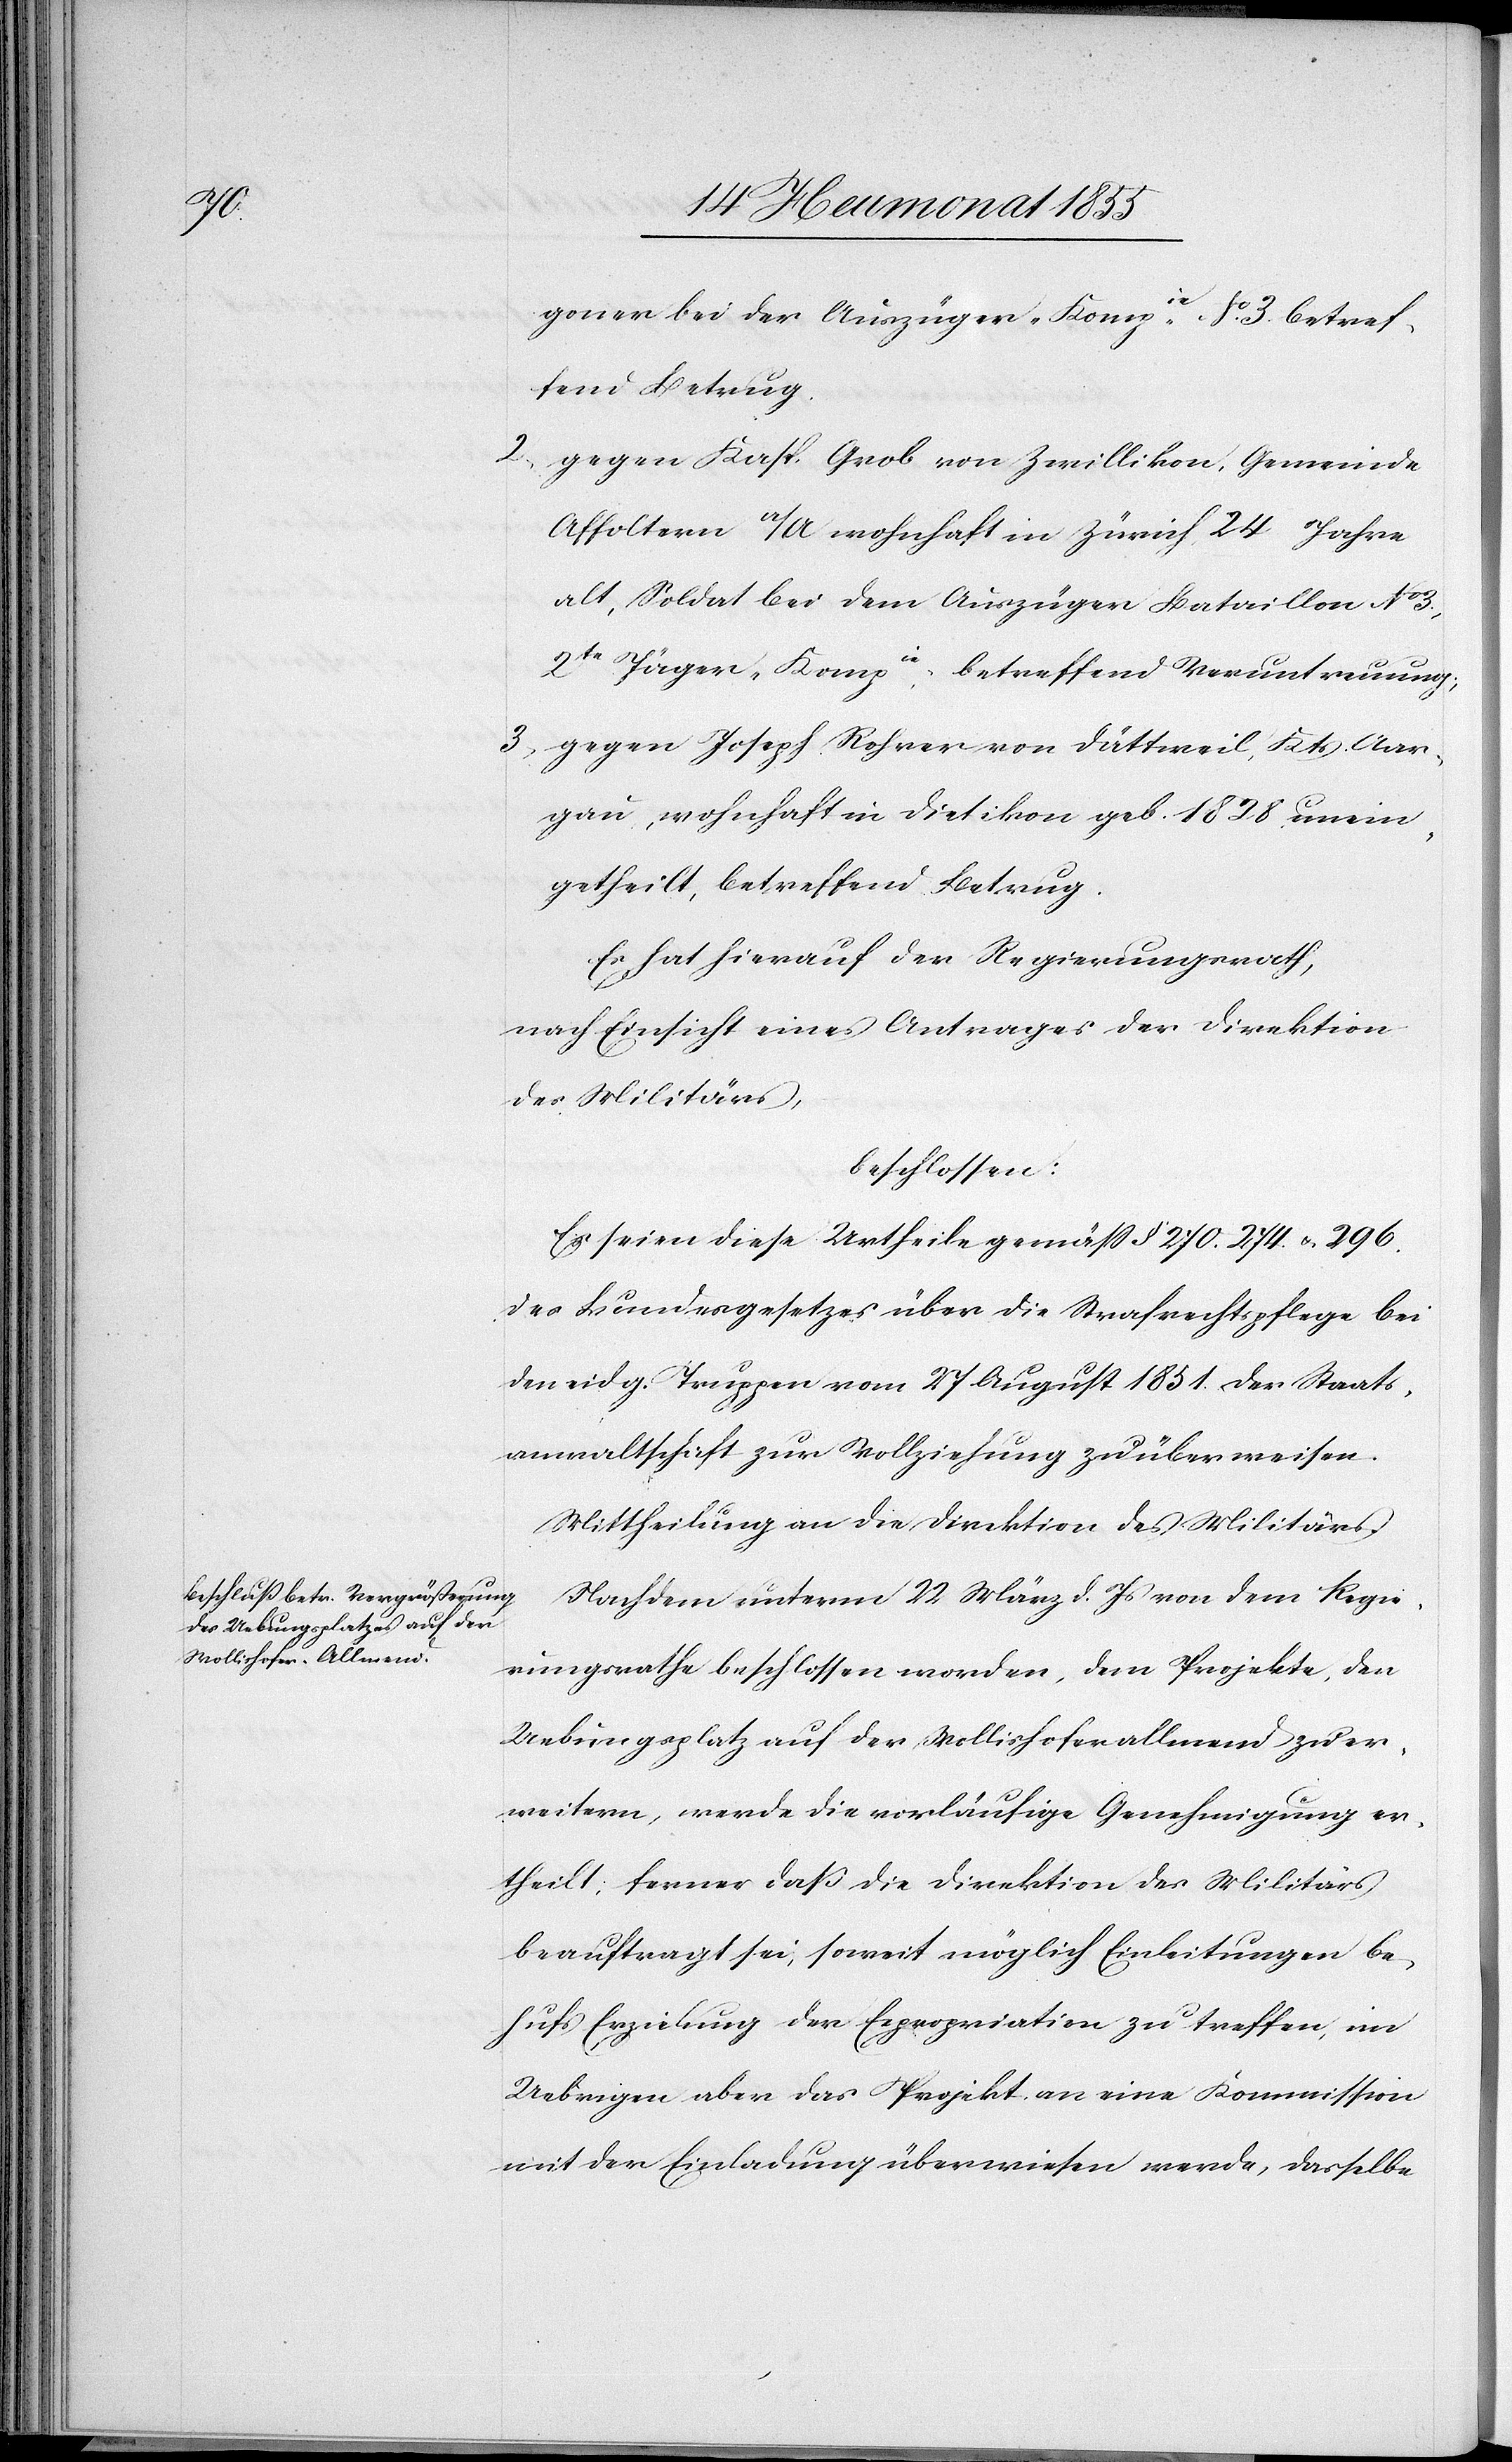
goner bei der Auszüger-Kompie. No. 3. betref¬
fend Betrug.
gegen Kasp. Grob von Zwillikon, Gemeinde
Affoltern a/A wohnhaft in Zürich, 24 Jahre
alt, Soldat bei dem Auszüger Bataillon No 3.,
2te Jäger-Kompie, betreffend Veruntreuung;
gegen Joseph Rohrer von Dättweil, Kts. Aar¬
gau, wohnhaft in Dietikon geb. 1828, unein¬
getheilt, betreffend Betrug.
Es hat hierauf der Regierungsrath,
nach Einsicht eines Antrages der Direktion
des Militärs,
beschlossen:
Es seien diese Urtheile gemäss § 270. 274. & 296.
des Bundesgesetzes über die Strafrechtspflege bei
den eidg. Truppen vom 27 August 1851. der Staats¬
anwaltschaft zur Vollziehung zu überweisen.
Mittheilung an die Direktion des Militärs.
Nachdem unterm 22 März d. Js von dem Regie¬
rungsrathe beschlossen worden, dem Projekte, den
Uebungsplatz auf der Wollishoferallmend zu er¬
weitern, werde die vorläufige Genehmigung er¬
theilt; ferner daß die Direktion des Militärs
beauftragt sei, soweit möglich Einleitungen be¬
hufs Erzielung der Expropriation zu treffen, im
Uebrigen aber das Projekt an eine Kommission
mit der Einladung überwiesen werde, dasselbe